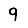
Digit: 9